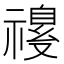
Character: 𫀡